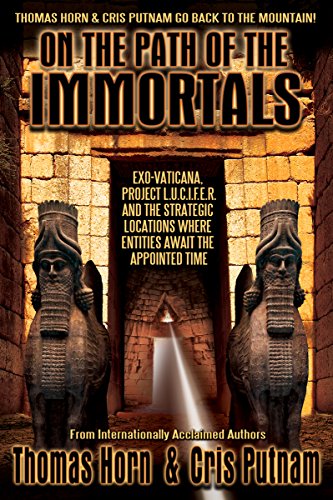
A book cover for On the Path of the Immortals: Exo-Vaticana, Project L. U. C. I. F. E. R. , and the Strategic Locations Where Entities Await the Appointed Time; Horn; Christian Books & Bibles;